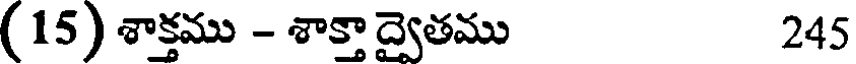
(15) శాక్తము - శాక్తాద్వైతము 245